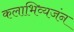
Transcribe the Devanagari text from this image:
कलाभिव्यजंन